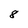
Character: 8